65_HS1-834228961_62-HQ-83894_Serial_164
Agency: FBI
Page 120
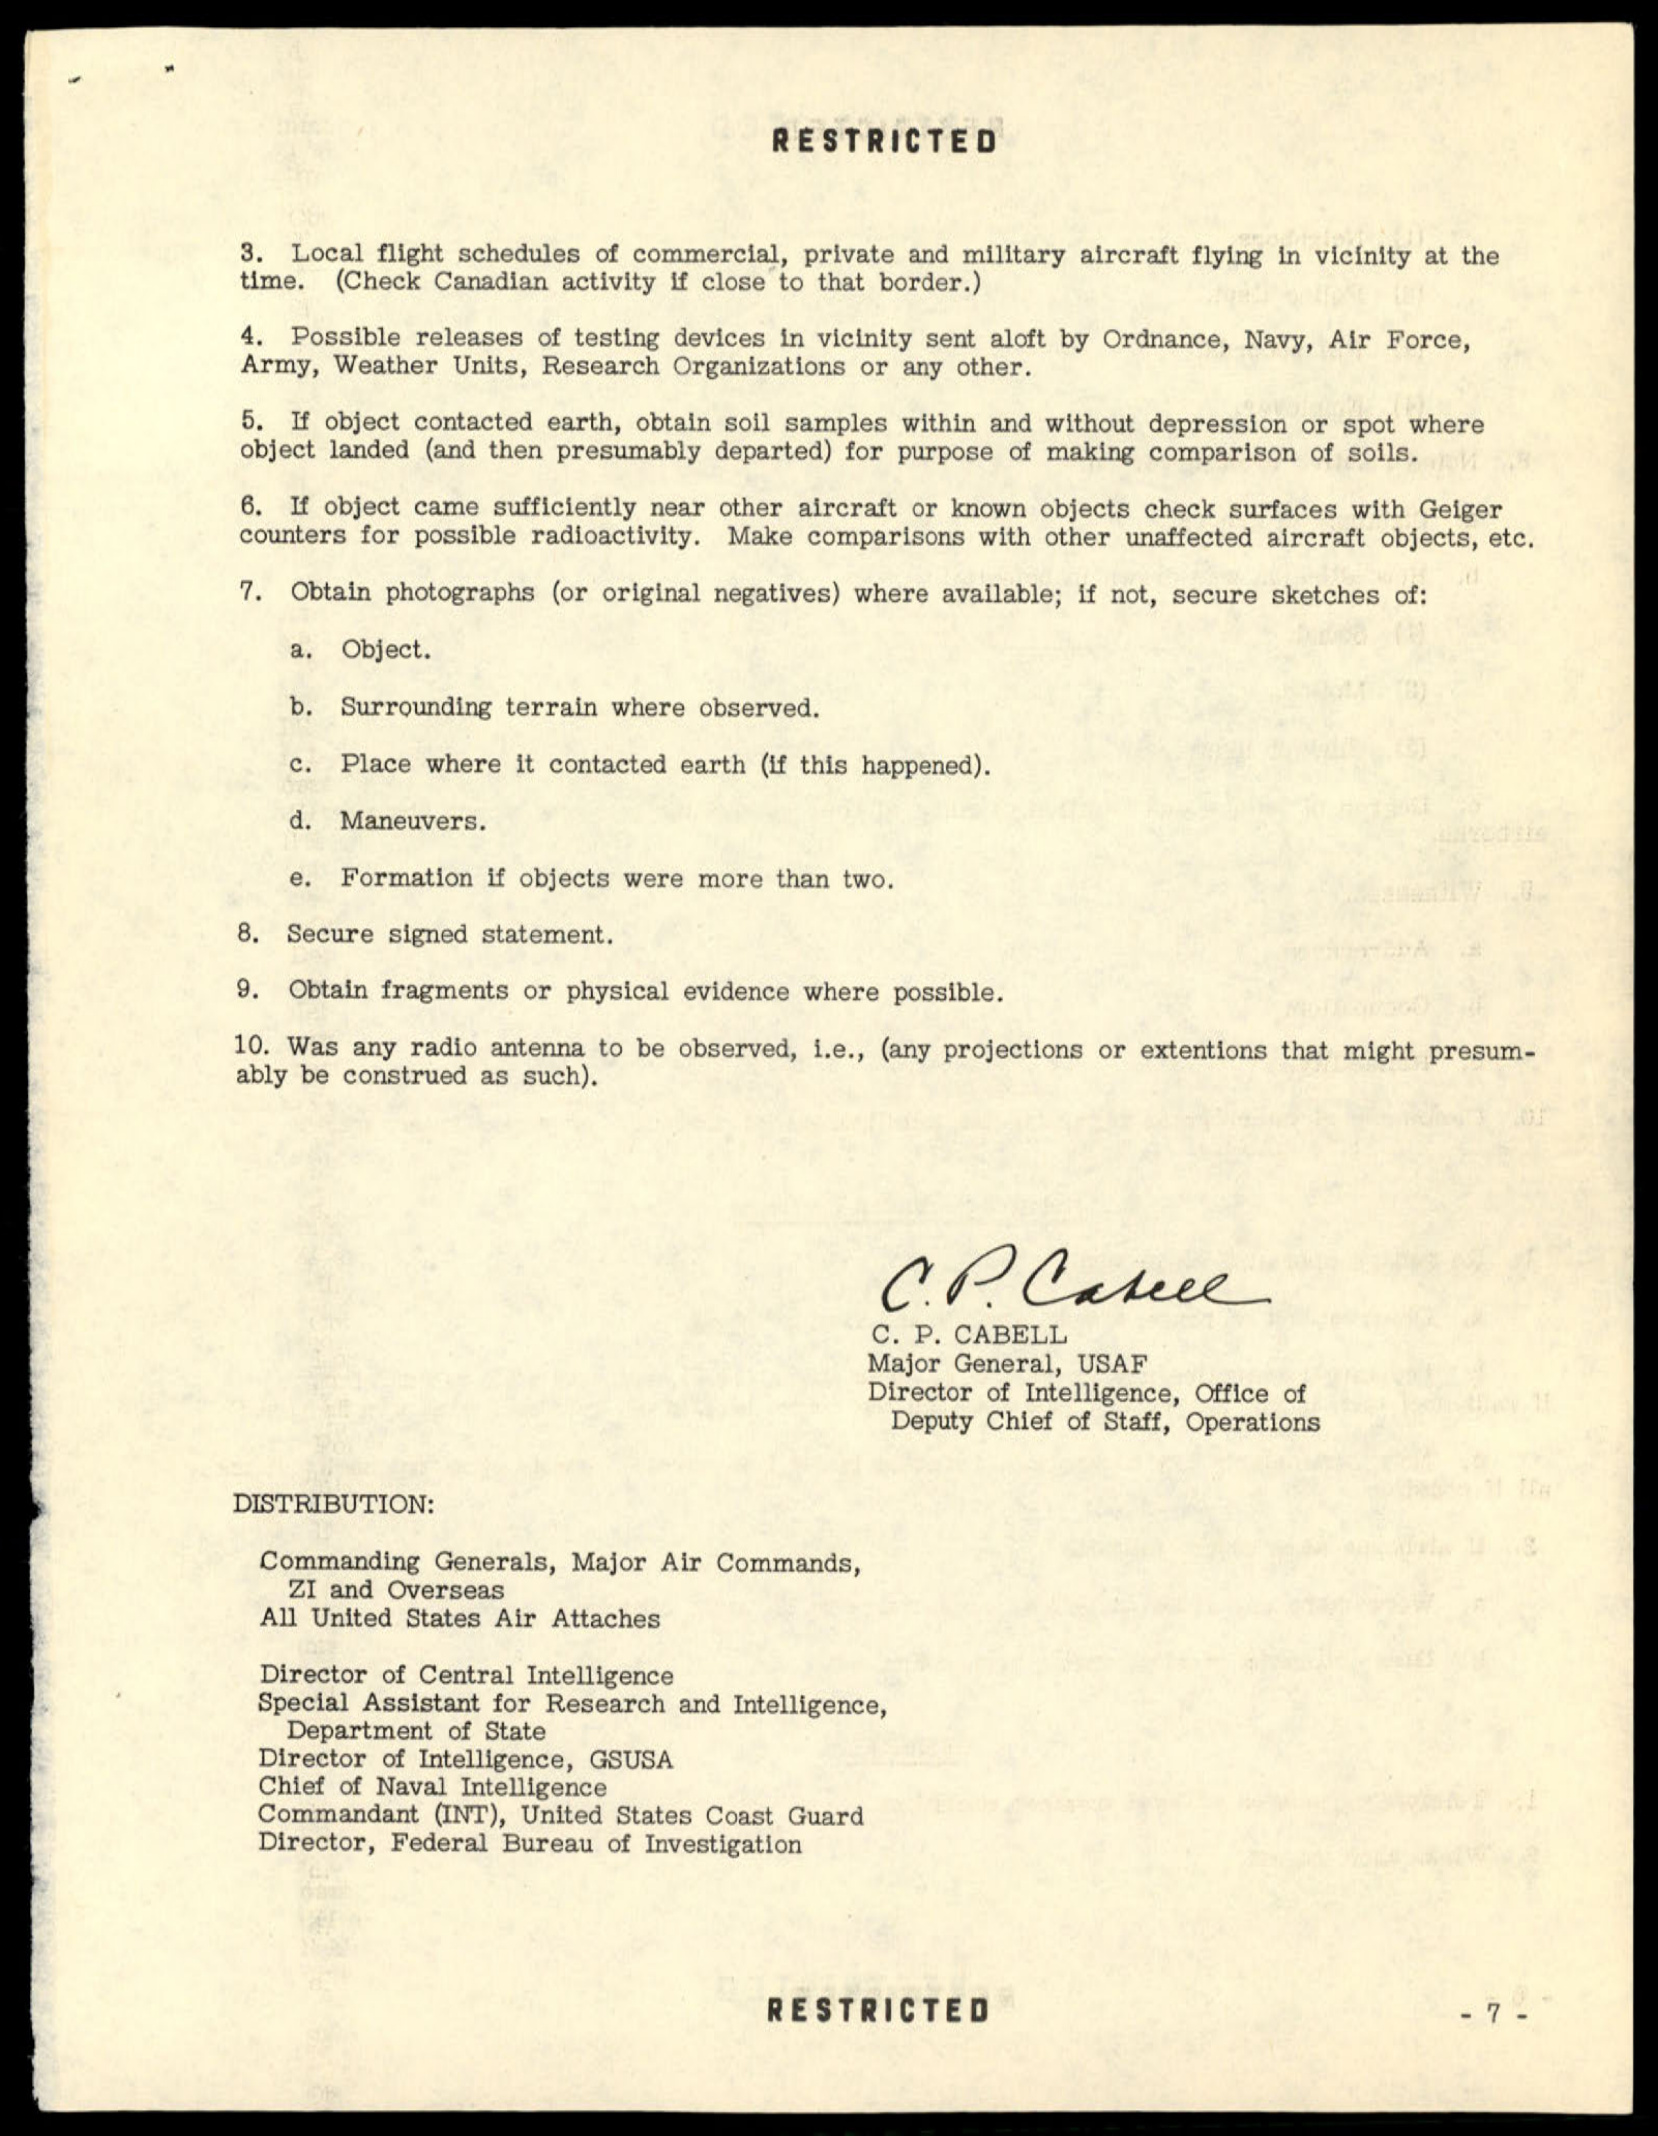